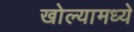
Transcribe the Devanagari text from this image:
खोल्यामध्ये